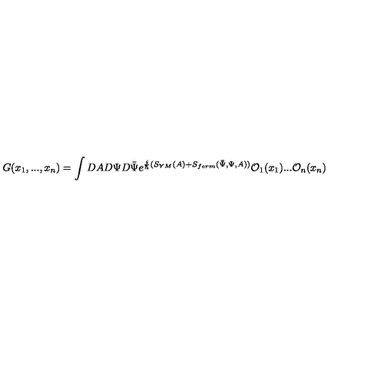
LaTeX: G ( x _ { 1 } , . . . , x _ { n } ) = \int D A D \Psi D \bar { \Psi } e ^ { \frac { i } { \hbar } ( S _ { Y M } ( A ) + S _ { f e r m } ( \bar { \Psi } , \Psi , A ) ) } { \cal O } _ { 1 } ( x _ { 1 } ) . . . { \cal O } _ { n } ( x _ { n } )